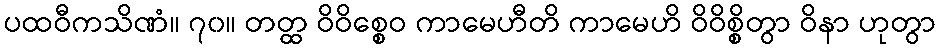
ပထဝီကသိဏံ။ ၇၀။ တတ္ထ ဝိဝိစ္စေဝ ကာမေဟီတိ ကာမေဟိ ဝိဝိစ္စိတွာ ဝိနာ ဟုတွာ